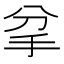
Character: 𢪘